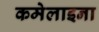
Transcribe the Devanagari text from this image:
कमेलाइना